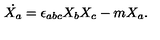
\dot { X _ { a } } = \epsilon _ { a b c } X _ { b } X _ { c } - m X _ { a } . ~